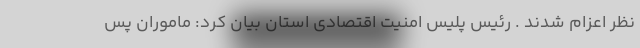
نظر اعزام شدند . رئیس پلیس امنیت اقتصادی استان بیان کرد: ماموران پس